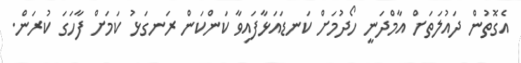
އެގޮތުން ދައުލަތަށް އާމްދަނީ ހޯދުމަށް ކަނޑައަޅާފައިވާ ކަންކަން ރަނގަޅު ކަމަށް ފާހަގަ ކުރަން.